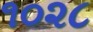
૧૦૨૮